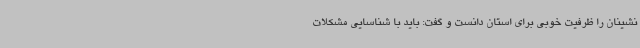
نشینان را ظرفیت خوبی برای استان دانست و گفت: باید با شناسایی مشکلات